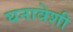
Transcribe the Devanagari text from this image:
घनावेशी